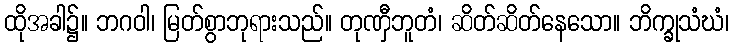
ထိုအခါ၌။ ဘဂဝါ၊ မြတ်စွာဘုရားသည်။ တုဏှီဘူတံ၊ ဆိတ်ဆိတ်နေသော။ ဘိက္ခုသံဃံ၊